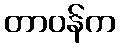
တာဝန်က